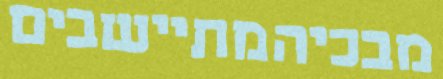
מבכיהמתיישבים